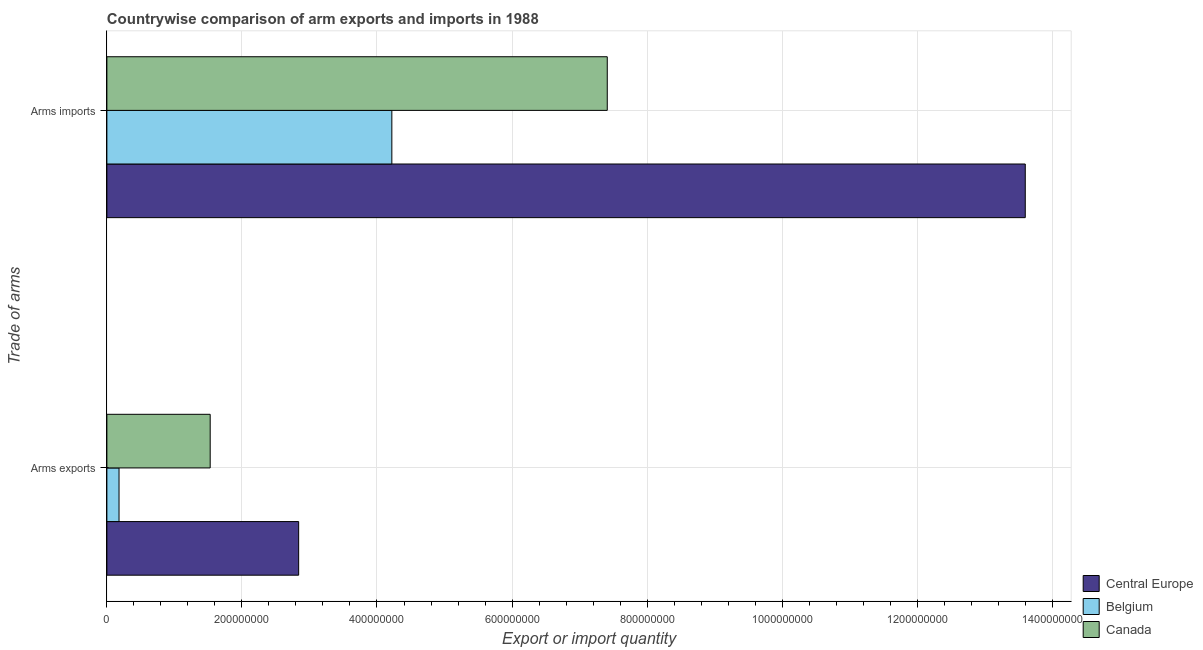
| Trade of arms | Central Europe | Belgium | Canada |
 | --- | --- | --- | --- |
 | Arms exports | 2.84e+08 | 1.8e+07 | 1.53e+08 |
 | Arms imports | 1.36e+09 | 4.22e+08 | 7.41e+08 |